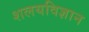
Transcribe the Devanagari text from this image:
शलयविज्ञान